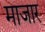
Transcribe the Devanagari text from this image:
माजार